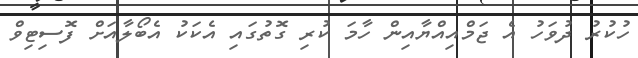
ހުކުރު ދުވަހު އެ ޖަމްއިއްޔާއިން ހާމަ ކުރި ގޮތުގައި އެކަކު އެބޯލާއަށް ފޮސިޓިވް